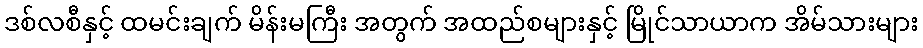
ဒစ်လစီနှင့် ထမင်းချက် မိန်းမကြီး အတွက် အထည်စများနှင့် မြိုင်သာယာက အိမ်သားများ